Insane asylums in Bengal annual reports 1876-1887 - 1876-1887
Year: 1876
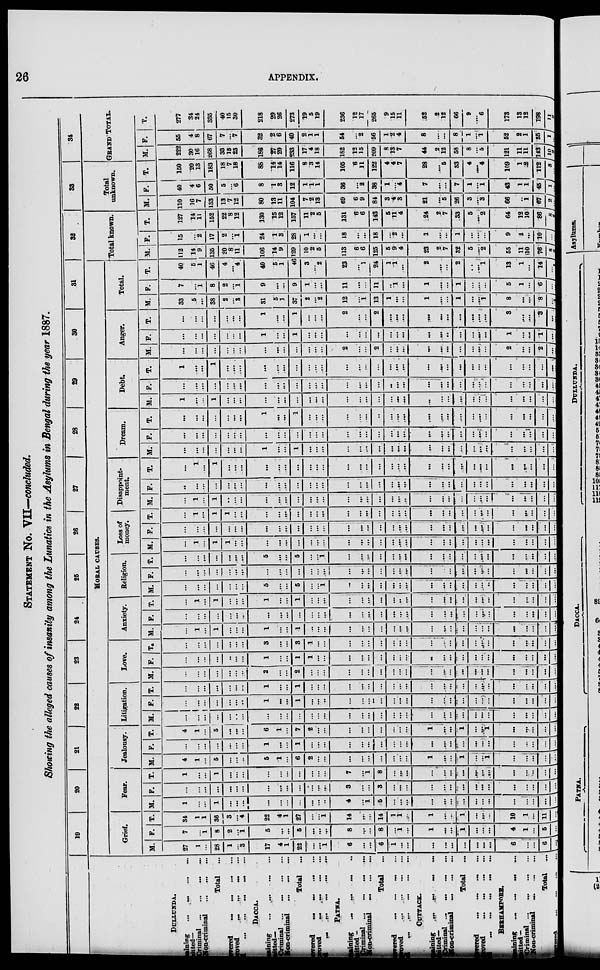
26
APPENDIX.
STATEMENT No. VII—concluded.
Showing the alleged causes of insanity among the Lunatics in the Asylums in Bengal during the year 1887.
DULLUNDA.
Remaining
...
...
...
...
Admitted—
Criminal
...
...
...
...
Non-criminal
...
...
...
Total ...
Recovered ... ... ... ...
Improved
...
...
...
...
Died ... ... ... ... ...
DACCA.
Remaining ... ... ... ...
Admitted—
Criminal
...
...
...
...
Non-criminal ... ... ... ...
Total
...
Recovered ... ... ... ...
Improved ... ... ... ...
Died ... ... ... ... ...
PATNA.
Remaining ... ... ... ...
Admitted—
Criminal ... ... ... ...
Non-criminal
...
...
...
Total ...
Recovered ... ... ... ...
Improved ... ... ... ...
Died ... ... ... ... ...
CUTTACK.
Remaining ... ... ... ...
Admitted—
Criminal ... ... ... ...
Non-criminal ... ... ...
Total
...
Recovered ... ... ... ...
Improved ... ... ... ...
Died ... ... ... ... ...
BERHAMPORE.
Remaining ... ... ... ...
Admitted—
Criminal
...
...
...
...
Non-criminal ... ... ...
Total
...
Recovered ... ... ... ...
19
20
21
22
23
24
25
26
27
28
29
30
31
MORAL CAUSES.
Grief.
M.
27
1
...
28
1
...
3
17
4
1
22
...
...
1
6
...
...
6
1
...
...
...
...
...
...
...
...
...
6
...
...
6
...
F.
7
...
1
8
2
...
1
5
...
...
5
...
...
...
8
...
...
8
...
1
...
1
...
...
1
...
...
...
4
1
...
5
...
T.
34
1
1
36
3
...
4
22
4
1
27
...
...
1
14
...
...
14
1
1
...
1
...
...
1
...
...
...
10
1
...
11
...
Fear.
M.
1
...
...
1
...
...
...
...
...
...
...
...
...
...
4
...
1
5
...
...
...
...
...
...
...
...
...
...
...
...
...
...
...
F.
...
...
...
...
...
...
...
...
...
...
...
...
...
...
3
...
...
3
...
...
...
...
...
...
...
...
...
...
...
...
...
...
...
T.
1
...
...
1
...
...
...
...
...
...
...
...
...
...
7
...
1
8
...
...
...
...
...
...
...
...
...
...
...
...
...
...
...
Jealousy.
M.
4
1
...
5
...
...
...
5
1
...
6
2
...
...
...
...
...
...
...
...
...
1
...
...
1
...
...
1
...
...
...
...
...
F.
...
...
...
...
...
...
...
1
...
...
1
...
...
...
...
...
...
...
...
...
...
...
...
...
...
...
...
...
...
...
...
...
...
T.
4
1
...
5
...
...
...
6
1
...
7
2
...
...
...
...
...
...
...
...
...
1
...
...
1
...
...
1
...
...
...
...
...
Litigation.
M.
...
...
...
...
...
...
...
...
...
...
...
...
...
...
...
...
...
...
...
...
...
...
...
...
...
...
...
...
...
...
...
...
...
F.
...
...
...
...
...
...
...
1
...
...
1
...
...
...
...
...
...
...
...
...
...
...
...
...
...
...
...
...
...
...
...
...
...
T.
...
...
...
...
...
...
...
1
...
...
1
...
...
...
...
...
...
...
...
...
...
...
...
...
...
...
...
...
...
...
...
...
...
Love.
M.
...
...
...
...
...
...
...
2
...
...
2
...
...
...
...
...
...
...
...
...
...
...
...
...
...
...
...
...
...
...
...
...
...
F.
...
...
...
...
...
...
...
1
...
...
1
1
...
...
...
...
...
...
...
...
...
...
...
...
...
...
...
...
...
...
...
...
...
T.
...
...
...
...
...
...
...
3
...
...
3
1
...
...
...
...
...
...
...
...
...
...
...
...
...
...
...
...
...
...
...
...
...
Anxiety.
M.
...
1
...
1
...
...
...
1
...
...
1
...
...
...
...
...
...
...
...
...
...
...
...
...
...
...
...
...
...
...
...
...
...
F.
...
...
...
...
...
...
...
...
...
...
...
...
...
...
...
...
...
...
...
...
...
...
...
...
...
...
...
...
...
...
...
...
...
T.
...
1
...
1
...
...
...
1
...
...
1
...
...
...
...
...
...
...
...
...
...
...
...
...
...
...
...
...
...
...
...
...
...
Religion.
M.
...
...
...
...
...
...
...
5
...
...
5
...
...
1
...
...
...
...
...
...
...
...
...
...
...
...
...
...
...
...
...
...
...
F.
...
...
...
...
...
...
...
...
...
...
...
...
...
...
...
...
...
...
...
...
...
...
...
...
...
...
...
...
...
...
...
...
...
T.
...
...
...
...
...
...
...
5
...
...
5
...
...
1
...
...
...
...
...
...
...
...
...
...
...
...
...
...
...
...
...
...
...
Loss of
money.
M.
...
1
...
1
1
...
...
...
...
...
...
...
...
...
...
...
...
...
...
...
...
...
...
...
...
...
...
...
...
...
...
...
...
F.
...
...
...
...
...
...
...
...
...
...
...
...
...
...
...
...
...
...
...
...
...
...
...
...
...
...
...
...
...
...
...
...
...
T.
...
1
...
1
1
...
...
...
...
...
...
...
...
...
...
...
...
...
...
...
...
...
...
...
...
...
...
...
...
...
...
...
...
Disappoint-
ment.
M.
...
1
...
1
...
...
...
...
...
...
...
...
...
...
...
...
...
...
...
...
...
...
...
...
...
...
...
...
...
...
...
...
...
F.
...
...
...
...
...
...
...
...
...
...
...
...
...
...
...
...
...
...
...
...
...
...
...
...
...
...
...
...
...
...
...
...
...
T.
...
1
...
1
...
...
...
...
...
...
...
...
...
...
...
...
...
...
...
...
...
...
...
...
...
...
...
...
...
...
...
...
...
Dream.
M.
...
...
...
...
...
...
...
1
...
...
1
...
...
...
...
...
...
...
...
...
...
...
...
...
...
...
...
...
...
...
...
... ...
F.
...
...
...
...
...
...
...
...
...
...
...
...
...
...
...
...
...
...
...
...
...
...
...
...
...
...
...
...
...
...
...
...
...
T.
...
...
...
...
...
...
...
1
...
...
1
...
...
...
...
...
...
...
...
...
...
...
...
...
...
...
...
...
...
...
...
...
...
Debt.
M.
1
...
...
1
...
...
...
...
...
...
...
...
...
...
...
...
...
...
...
...
...
...
...
...
...
...
...
...
...
...
...
...
...
F.
...
...
...
...
...
...
...
...
...
...
...
...
...
...
...
...
...
...
...
...
...
...
...
...
...
...
...
...
...
...
...
...
...
T.
1
...
...
1
...
...
...
...
...
...
...
...
...
...
...
...
...
...
...
...
...
...
...
...
...
...
...
...
...
...
...
...
...
Anger.
M.
...
...
...
...
...
...
...
...
...
...
...
...
...
...
2
...
...
2
...
...
...
...
...
...
...
...
...
...
2
...
...
2
...
F.
...
...
...
...
...
...
...
1
...
...
1
...
...
...
...
...
...
...
...
...
...
...
...
...
...
...
...
...
1
...
...
1
...
T.
...
...
...
...
...
...
...
1
...
...
1
...
...
...
2
...
...
2
...
...
...
...
...
...
...
...
...
...
3
...
...
3
...
Total.
M.
33
5
...
38
2
...
3
31
5
1
37
2
...
2
12
...
1
13
1
...
...
1
...
...
1
...
...
1
8
...
...
8
...
F.
7
...
1
8
2
...
1
9
...
...
9
1
...
...
11
...
...
11
...
1
...
1
...
...
1
...
...
...
5
1
...
6
...
T.
40
5
1
46
4
...
4
40
5
1
46
3
...
2
23
...
1
24
1
1
...
2
...
...
2
...
...
1
13
1
...
14
...
32
Total known.
M.
112
14
9
135
20
8
11
106
14
9
129
10
2
5
113
6
6
125
5
9
4
23
2
7
32
5
...
2
55
11
10
76
8
F.
15
...
2
17
2
...
1
24
1
3
28
1
...
...
18
...
...
18
...
2
...
1
...
...
1
...
...
...
9
1
...
10 ...
T.
127
14
11
152
22
8
12
130
15
12
157
11
2
5
131
6
6
143
5
11 4
24
2
7
33
5
...
2
64
12
10
86
8
33
Total
unknown.
M.
110
16
7
133
13
7
12
80
13
11
104
7
2
13
69
6
9
84
3
4
3
21
...
5
26
3
...
3
66
...
1
67
2
F.
40
4
6
50
5
...
6
8
1
3
12
1
1
1
36
...
2
38
1
...
4
7
...
...
7
1
...
1
43
1
1
45 1
T.
150
20
13
183
18
7
18
86
14
14
116
8
3
14
105
6
11
122
4
4
7
28
...
5
33
4
...
4
109
1
2
112
3
34
GRAND TOTAL.
M.
222
30
16
268
33
15
23
186
27
20
233
17
4
18
182
12
15
209
8
13
7
44
2
12
58
8
...
5
121
11
11
143
10
F.
55
4
8
67
7
...
7
32
2
6
40
2
1 1
54
...
2
56
1
2
4
8
...
...
8
1
...
1
52
2
1
55
1
T.
277
34
24
335
40
15
30
218
29
26
273
19
5
19
236
12
17
265
9
15
11
52
2
12
66
9
...
6
173
13
12
198
11